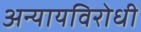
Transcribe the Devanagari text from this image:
अन्यायविरोधी